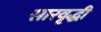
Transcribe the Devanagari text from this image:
सारवृद्धी